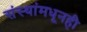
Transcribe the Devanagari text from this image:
संस्थांमधूनही